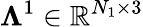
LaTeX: \mathbb{\Lambda}^{1}\in\mathbb{R}^{N_{1}\times 3}